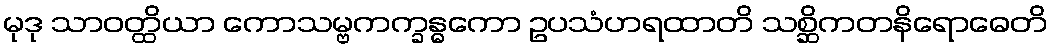
မုဒု သာဝတ္ထိယာ ကောသမ္ဗကက္ခန္ဓကော ဥပသံဟရထာတိ သစ္ဆိကတနိရောဓေတိ